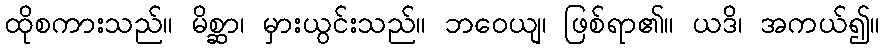
ထိုစကားသည်။ မိစ္ဆာ၊ မှားယွင်းသည်။ ဘဝေယျ၊ ဖြစ်ရာ၏။ ယဒိ၊ အကယ်၍။